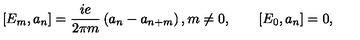
[ E _ { m } , a _ { n } ] = \frac { i e } { 2 \pi m } \left( a _ { n } - a _ { n + m } \right) , m \neq 0 , \qquad [ E _ { 0 } , a _ { n } ] = 0 ,